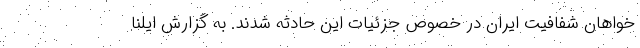
خواهان شفافیت ایران در خصوص جزئیات این حادثه شدند. به گزارش ایلنا